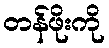
တန်ဖိုးကို